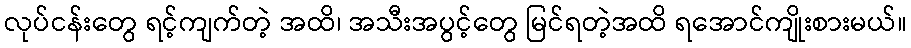
လုပ်ငန်းတွေ ရင့်ကျက်တဲ့ အထိ၊ အသီးအပွင့်တွေ မြင်ရတဲ့အထိ ရအောင်ကျိုးစားမယ်။